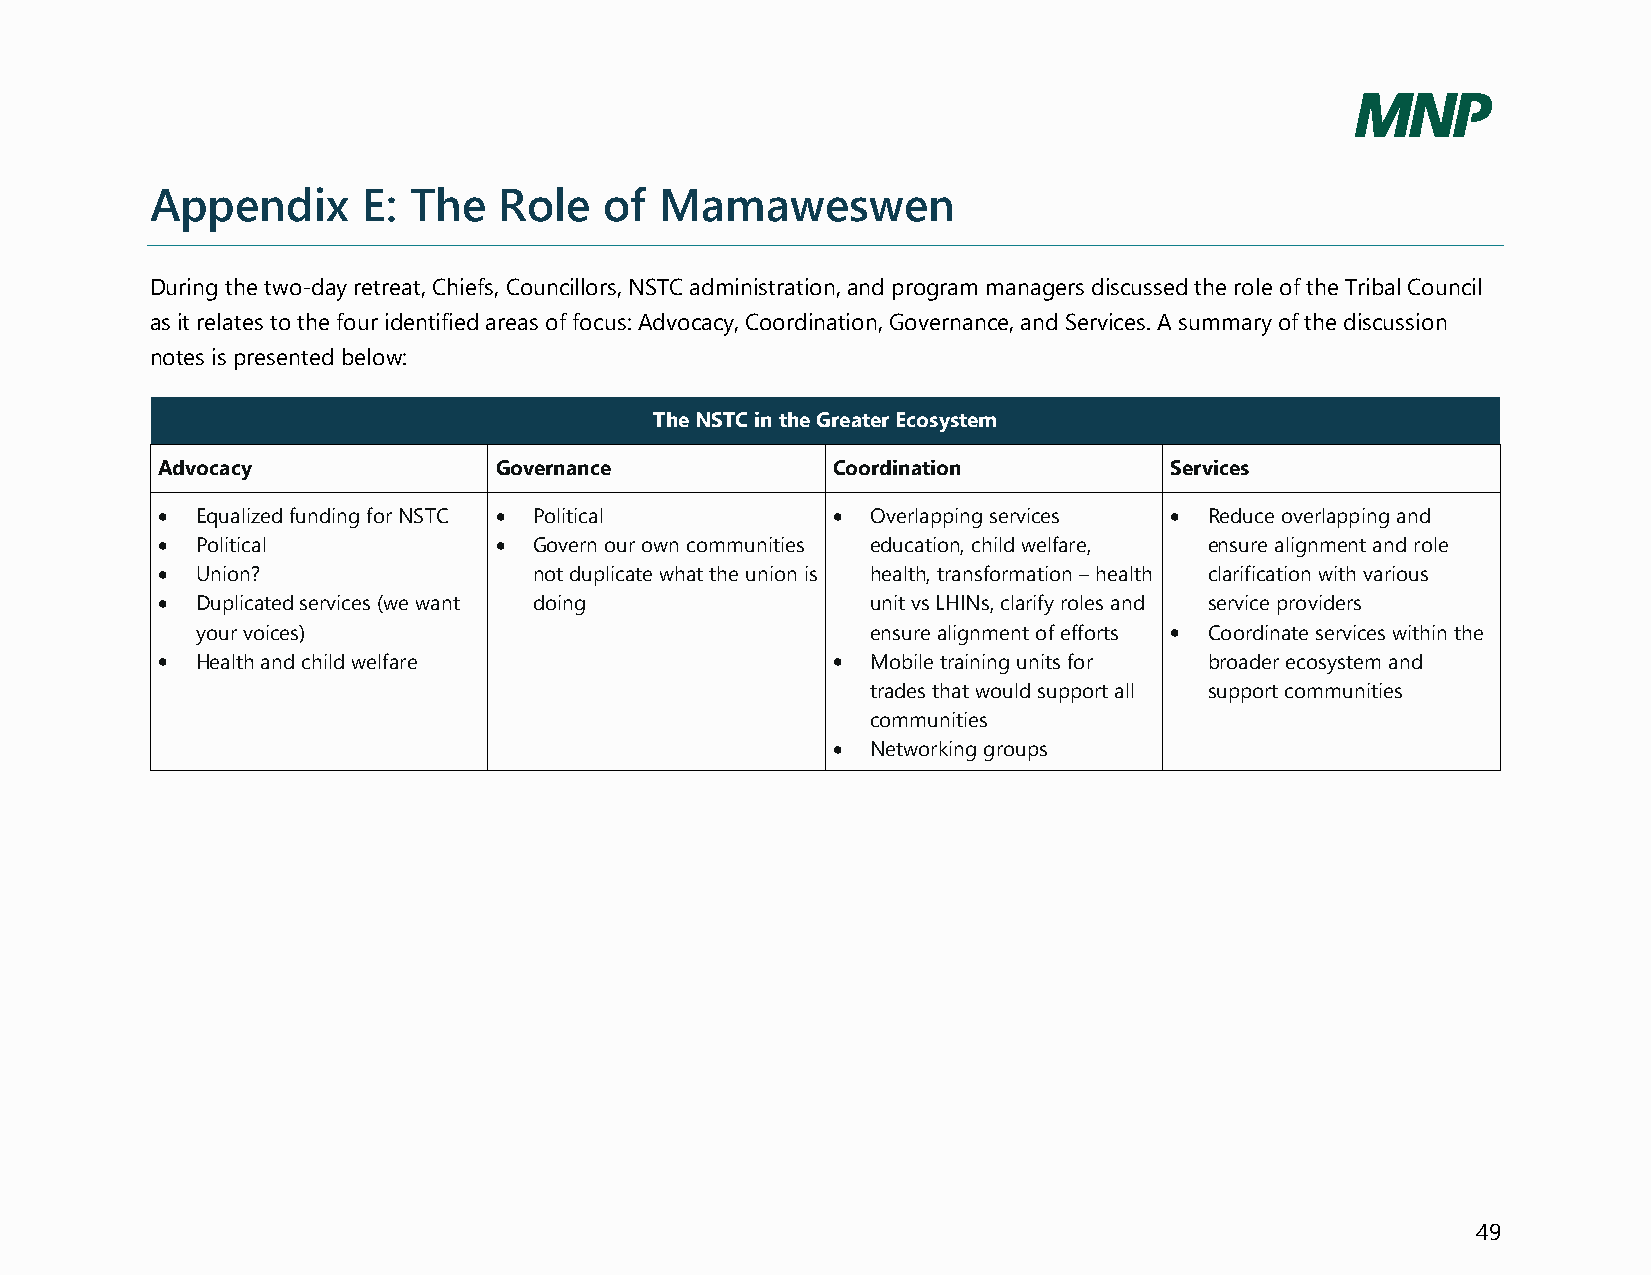
Appendix      E: The   Role   of  Mamaweswen
 During the two-day retreat, Chiefs, Councillors, NSTC administration, and program managers discussed the role of the Tribal Council
 as it relates to the four identified areas of focus: Advocacy, Coordination, Governance, and Services. A summary of the discussion
 notes is presented below:
 The NSTC in the Greater Ecosystem
 Advocacy               Governance            Coordination          Services
   Equalized funding for NSTC  Political      Overlapping services  Reduce overlapping and
   Political            Govern our own communities education, child welfare, ensure alignment and role
   Union?                not duplicate what the union is health, transformation – health clarification with various
   Duplicated services (we want doing           unit vs LHINs, clarify roles and service providers
 your voices)                                 ensure alignment of efforts  Coordinate services within the
   Health and child welfare                    Mobile training units for broader ecosystem and
 trades that would support all support communities
 communities
   Networking groups
 49